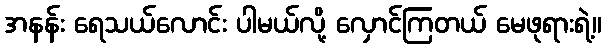
အနန်း ရေသယ်လောင်း ပါမယ်လို့ လှောင်ကြတယ် မေဖုရားရဲ့။